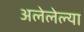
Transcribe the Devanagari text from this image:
अलेलेल्या